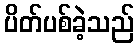
ပိတ်ပစ်ခဲ့သည်